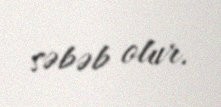
səbəb olur.